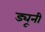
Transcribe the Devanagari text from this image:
ड्यूनी